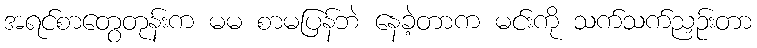
အရင်စာတွေတုန်းက မမ စာမပြန်ဘဲ နေခဲ့တာက မင်းကို သက်သက်ညှဉ်းတာ